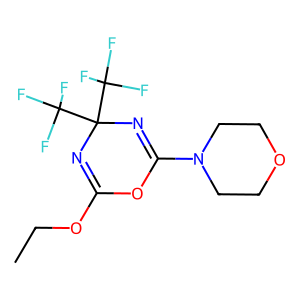
SMILES: CCOC1=NC(C(F)(F)F)(C(F)(F)F)N=C(N2CCOCC2)O1
Inhibits HIV replication: No